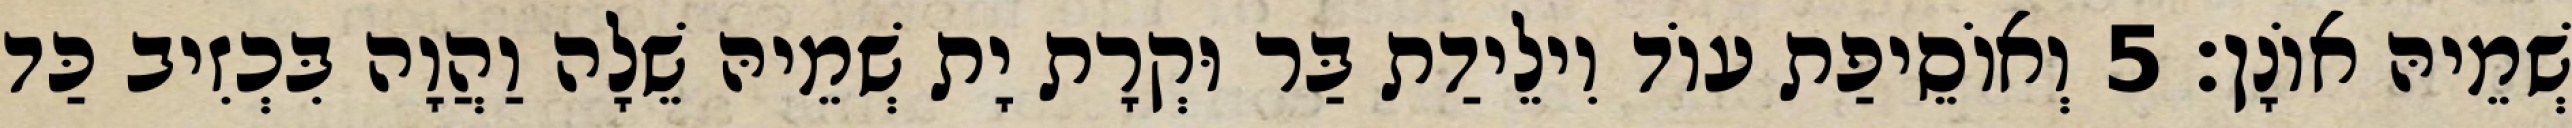
שְׁמֵיהּ אוֹנָן׃ 5 וְאוֹסֵיפַת עוֹד וִילֵידַת בַּר וּקְרָת יָת שְׁמֵיהּ שֵׁלָה וַהֲוָה בִּכְזִיב כַּד